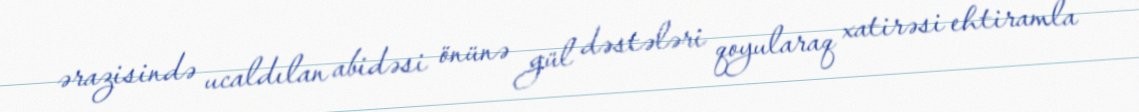
ərazisində ucaldılan abidəsi önünə gül dəstələri qoyularaq xatirəsi ehtiramla